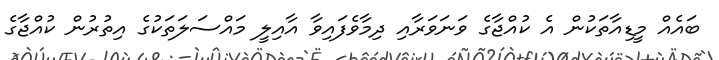
ބައެއް މީޑިއާތަކުން އެ ކުއްޖާގެ ވަނަވަރާއި ދިމާވެފައިވާ އާއިލީ މައްސަލަތަކުގެ އިތުރުން ކުއްޖާގެ